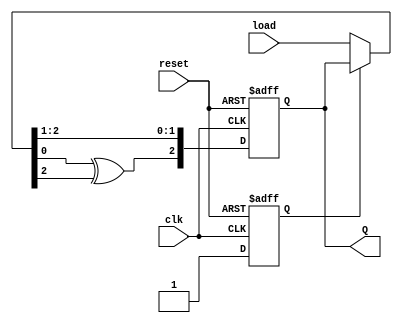
module lfsr (input clk, input reset, output reg [2:0] Q, input[2:0] load);
  reg flag;
  always @(posedge clk or posedge reset) begin
    if (reset) begin
      Q <= 3'b000;
      flag=0;
    end else begin
      if(flag==0)
      begin
        Q=load;
        flag=1;
      end
      Q <= {Q[0] ^ Q[2], Q[2], Q[1]};
    end
  end
endmodule